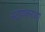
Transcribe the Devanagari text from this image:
स्ट्रायकराच्या